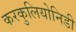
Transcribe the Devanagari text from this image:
करकुलियोनिडी